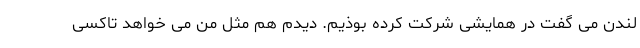
لندن می گفت در همایشی شرکت کرده بوذیم. دیدم هم مثل من می خواهد تاکسی